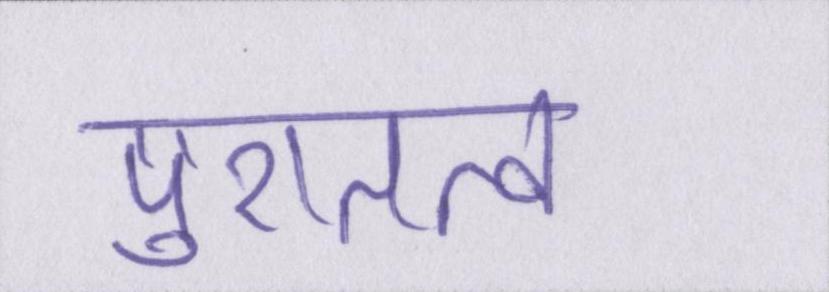
पुरातत्व